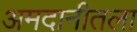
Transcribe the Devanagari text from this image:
अमदानीतला